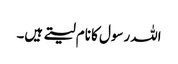
اللہ رسول کا نام لیتے ہیں۔